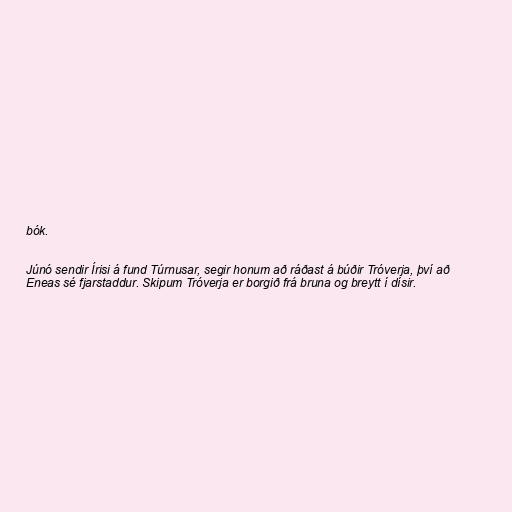
bók.

Júnó sendir Írisi á fund Túrnusar, segir honum að ráðast á búðir Tróverja, því að
Eneas sé fjarstaddur. Skipum Tróverja er borgið frá bruna og breytt í dísir.